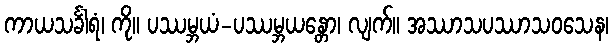
ကာယသင်္ခါရံ၊ ကို။ ပဿမ္ဘယံ-ပဿမ္ဘယန္တော၊ လျက်။ အဿာသပဿာသဝသေန၊